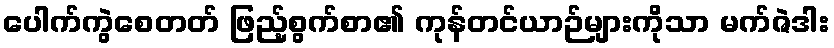
ပေါက်ကွဲစေတတ် ဖြည့်စွက်စာ၏ ကုန်တင်ယာဉ်များကိုသာ မက်ဇဲဒါး